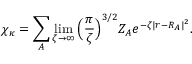
\chi _ { \kappa } = \sum _ { A } \operatorname* { l i m } _ { \zeta \rightarrow \infty } \Big ( \frac { \pi } { \zeta } \Big ) ^ { 3 / 2 } Z _ { A } e ^ { - \zeta | r - R _ { A } | ^ { 2 } } .